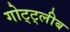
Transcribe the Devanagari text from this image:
गोट्ट्लीब